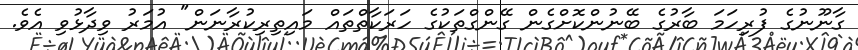
ގާނޫނުގެ ފުރިހަަމަ ބާރުގެ ބޭނުންކޮށްގެން ގޭންގްތަކުގެ ހަރަކާތްތައް މައިތިރިކުރާނަން" އުމަރު ވިދާޅުވި އެވެ.